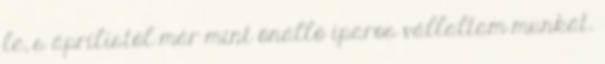
le, s áprilistól már mint önálló iparos vállaltam munkát.